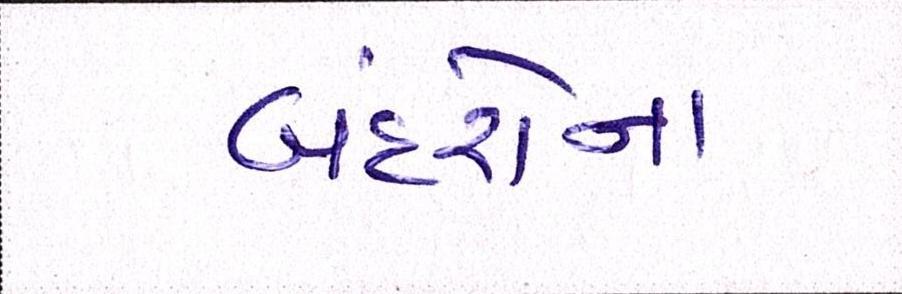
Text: બંદરોના